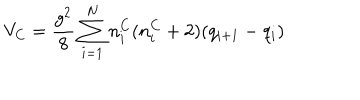
LaTeX: V _ { C } = \frac { g ^ { 2 } } { 8 } \sum _ { i = 1 } ^ { N } n _ { i } ^ { C } ( n _ { i } ^ { C } + 2 ) ( q _ { i + 1 } - q _ { i } )